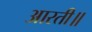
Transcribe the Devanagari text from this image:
आरती॥